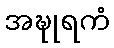
အဍ္ဎုရကံ